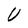
Character: U